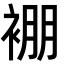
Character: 䙀